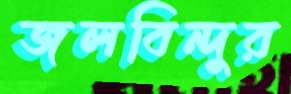
জলবিন্দুর